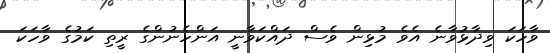
ވާހަކަ ވިދާޅުވާނެ އެވެ މުޅިން ވެސް ދައްކަވާނީ އަންހެނުންގެ ރީތި ކަމުގެ ވާހަކަ